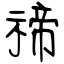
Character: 禘